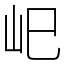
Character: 𡵆